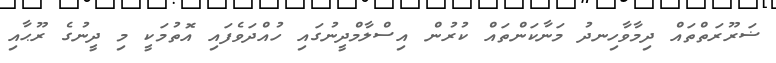
ޟަރޫރަތްތައް ދިމާވާހިނދު މަނާކަންތައް ކުރުން އިސްލާމްދީނުގައި ހުއްދަވެފައި އޮތުމަކީ މި ދީނުގެ ރޫޙާއި